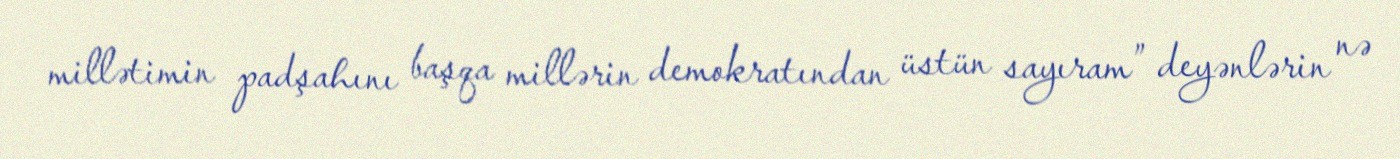
millətimin padşahını başqa millərin demokratından üstün sayıram” deyənlərin nə